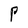
Character: P